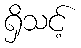
ရှိသင့်